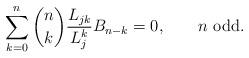
LaTeX: \begin{align*} \sum_{k = 0}^n \binom nk \frac{L_{jk}}{L_j^k} B_{n-k} = 0,\qquad\mbox{$n$ odd}.\end{align*}